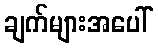
ချက်များအပေါ်